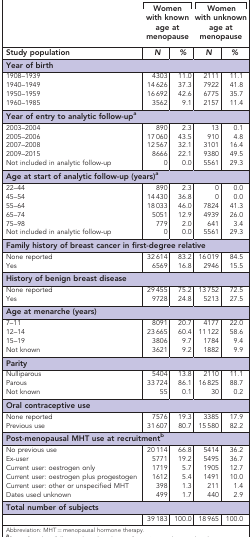
<table><thead><tr><td><b> </b></td><td colspan="2"><b>Women with known age at menopause</b></td><td colspan="2"><b>Women with unknown age at menopause</b></td></tr><tr><td><b>Study population</b></td><td><b><i>N</i></b></td><td><b><i>%</i></b></td><td><b><i>N</i></b></td><td><b><i>%</i></b></td></tr></thead><tbody><tr><td colspan="5"><b>Year of birth</b></td></tr><tr><td>1908–1939</td><td>4303</td><td>11.0</td><td>2111</td><td>11.1</td></tr><tr><td>1940–1949</td><td>14 626</td><td>37.3</td><td>7922</td><td>41.8</td></tr><tr><td>1950–1959</td><td>16 692</td><td>42.6</td><td>6775</td><td>35.7</td></tr><tr><td>1960–1985</td><td>3562</td><td>9.1</td><td>2157</td><td>11.4</td></tr><tr><td colspan="5"><b>Year of entry to analytic follow-upa</b></td></tr><tr><td>2003–2004</td><td>890</td><td>2.3</td><td>13</td><td>0.1</td></tr><tr><td>2005–2006</td><td>17 060</td><td>43.5</td><td>910</td><td>4.8</td></tr><tr><td>2007–2008</td><td>12 567</td><td>32.1</td><td>3101</td><td>16.4</td></tr><tr><td>2009–2015</td><td>8666</td><td>22.1</td><td>9380</td><td>49.5</td></tr><tr><td>Not included in analytic follow-up</td><td>0</td><td>0.0</td><td>5561</td><td>29.3</td></tr><tr><td colspan="5"><b>Age at start of analytic follow-up (years)a</b></td></tr><tr><td>22–44</td><td>890</td><td>2.3</td><td>0</td><td>0.0</td></tr><tr><td>45–54</td><td>14 430</td><td>36.8</td><td>0</td><td>0.0</td></tr><tr><td>55–64</td><td>18 033</td><td>46.0</td><td>7824</td><td>41.3</td></tr><tr><td>65–74</td><td>5051</td><td>12.9</td><td>4939</td><td>26.0</td></tr><tr><td>75–98</td><td>779</td><td>2.0</td><td>641</td><td>3.4</td></tr><tr><td>Not included in analytic follow-up</td><td>0</td><td>0.0</td><td>5561</td><td>29.3</td></tr><tr><td colspan="5"><b>Family history of breast cancer in first-degree relative</b></td></tr><tr><td>None reported</td><td>32 614</td><td>83.2</td><td>16 019</td><td>84.5</td></tr><tr><td>Yes</td><td>6569</td><td>16.8</td><td>2946</td><td>15.5</td></tr><tr><td colspan="5"><b>History of benign breast disease</b></td></tr><tr><td>None reported</td><td>29 455</td><td>75.2</td><td>13 752</td><td>72.5</td></tr><tr><td>Yes</td><td>9728</td><td>24.8</td><td>5213</td><td>27.5</td></tr><tr><td colspan="5"><b>Age at menarche (years)</b></td></tr><tr><td>7–11</td><td>8091</td><td>20.7</td><td>4177</td><td>22.0</td></tr><tr><td>12–14</td><td>23 665</td><td>60.4</td><td>11 122</td><td>58.6</td></tr><tr><td>15–19</td><td>3806</td><td>9.7</td><td>1784</td><td>9.4</td></tr><tr><td>Not known</td><td>3621</td><td>9.2</td><td>1882</td><td>9.9</td></tr><tr><td colspan="5"><b>Parity</b></td></tr><tr><td>Nulliparous</td><td>5404</td><td>13.8</td><td>2110</td><td>11.1</td></tr><tr><td>Parous</td><td>33 724</td><td>86.1</td><td>16 825</td><td>88.7</td></tr><tr><td>Not known</td><td>55</td><td>0.1</td><td>30</td><td>0.2</td></tr><tr><td colspan="5"><b>Oral contraceptive use</b></td></tr><tr><td>None reported</td><td>7576</td><td>19.3</td><td>3385</td><td>17.9</td></tr><tr><td>Previous use</td><td>31 607</td><td>80.7</td><td>15 580</td><td>82.2</td></tr><tr><td colspan="5"><b>Post-menopausal MHT use at recruitmentb</b></td></tr><tr><td>No previous use</td><td>20 114</td><td>66.8</td><td>5414</td><td>36.2</td></tr><tr><td>Ex-user</td><td>5771</td><td>19.2</td><td>5495</td><td>36.7</td></tr><tr><td>Current user: oestrogen only</td><td>1719</td><td>5.7</td><td>1905</td><td>12.7</td></tr><tr><td>Current user: oestrogen plus progestogen</td><td>1612</td><td>5.4</td><td>1491</td><td>10.0</td></tr><tr><td>Current user: other or unspecified MHT</td><td>398</td><td>1.3</td><td>211</td><td>1.4</td></tr><tr><td>Dates used unknown</td><td>499</td><td>1.7</td><td>440</td><td>2.9</td></tr><tr><td colspan="5"><b>Total number of subjects</b></td></tr><tr><td> </td><td>39 183</td><td>100.0</td><td>18 965</td><td>100.0</td></tr></tbody></table>